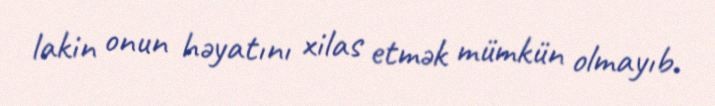
lakin onun həyatını xilas etmək mümkün olmayıb.